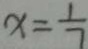
x = \frac { 1 } { 7 }